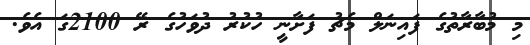
މި މުބާރާތުގެ ފައިނަލް މެޗު ފަށާނީ ހުކުރު ދުވަހުގެ ރޭ 2100ގަ އެވެ.